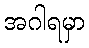
အဂါရမှာ